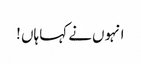
انہوں نے کہا ہاں !